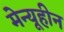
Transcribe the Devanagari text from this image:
मेन्यूहीन